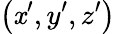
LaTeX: \left(\mathit{x}^{\prime},y^{\prime},z^{\prime}\right)